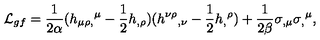
{ \cal L } _ { g f } = { \frac { 1 } { 2 \alpha } } ( h _ { \mu \rho , } { } ^ { \mu } - { \frac { 1 } { 2 } } h _ { , \rho } ) ( h ^ { \nu \rho } { } _ { , \nu } - { \frac { 1 } { 2 } } h _ { , } { } ^ { \rho } ) + { \frac { 1 } { 2 \beta } } \sigma _ { , \mu } \sigma _ { , } { } ^ { \mu } ,